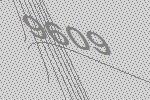
9609